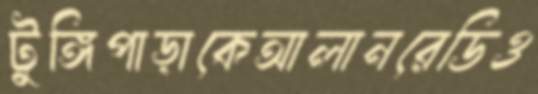
টুঙ্গিপাড়াকেআলানরেডিও